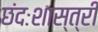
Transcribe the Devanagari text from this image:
छंदःशास्त्री